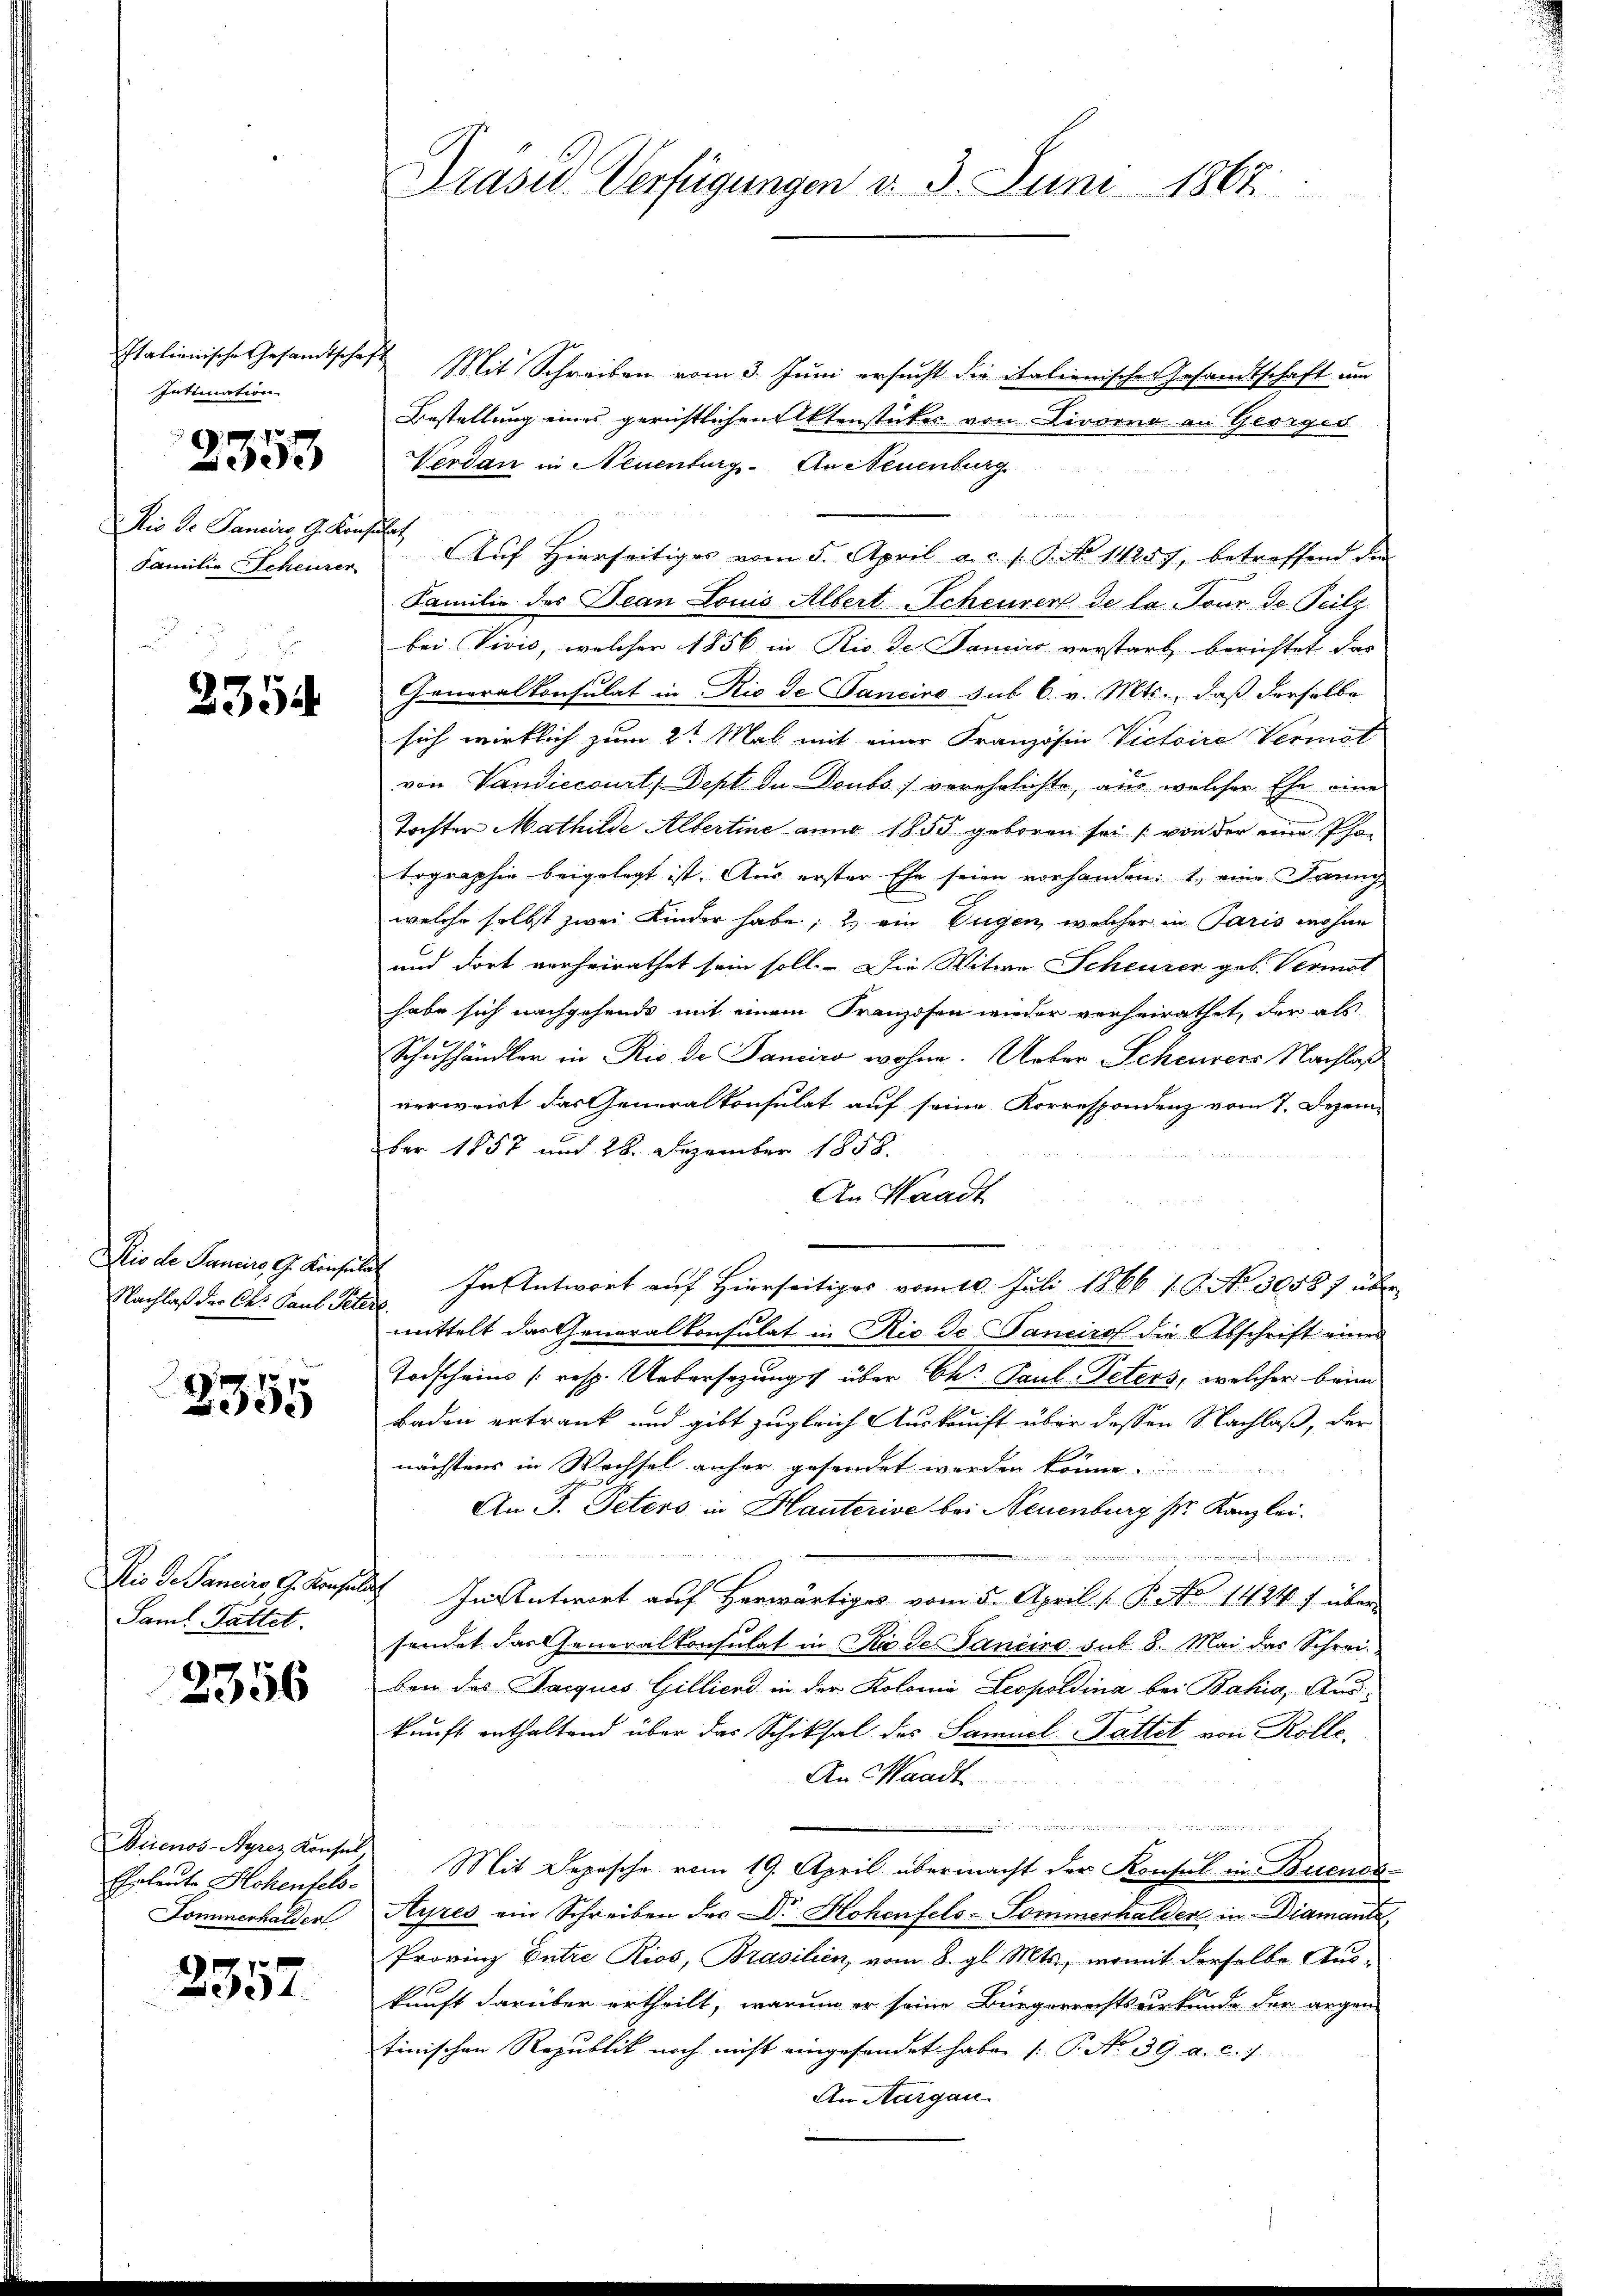
Intimation

2353

Dis Dr Pancirs, G. Konsulat
Familie Scheurer

2354

Nachlaß der Ch. Paul Peters

2355

Dis Dr Panciro G. Kraf
Saml. Pattet.

2356

Eheleute Hohenfels-
Dommerhalder

2357.

Italienische Gesamtschaft Mit Schreiben vom 3. Juni ersucht die italienische Gesandtschaft um
Bestellung eines gerichtlichen Aktenstücker von Livorno an Georgis
Verdan in Neuenburg. An Neuenburg
u
Auf Hierseitiges vom 5. April a. c. s. S. No 14257, betreffend de
Familie des Dean Louis Albert Scheuren de la Tour de Teilz
bei Vivić, welcher 1856 in Rio. de Jancier verstarb berichtet das
Generalkonsulat in Rio de Ganciro sub 6. v. Mts., daß derselbe
sich wirklich zum 2t Mal mit einer Französin Victoire Vermöt
von Vandiecourt, Sept de Doubs ) verehelichte, aus welcher Ehe eine
Tochter Mathilde Albertine anno 1855 geboren sei (von der eine Pfatographie beigelegt ist. Aus erster Ehe seien vorhanden: 1. eine Janny
welche selbst zwei Kinder habe; 2) ein Eugen, welcher in Paris wohne
und dort verheirathet sein soll. Die Witwe Scheurer geb. Vermat
habe sich nachgehends mit einem Franzosen wieder verheirathet, der als
Schulhändler in Rio de Janeiro wohne. Ueber Scheurers Nachlaß
verweist das Generalkonsulat auf seine Korrespondenz vom 7. Dezem-
ber 1857 und 28. Dezember 1858.
An Staadt
Rio de Janeiro G. Konsulat In Antwort auf Hierseitiges vom 10. Juli 1866 18. No. 30587 über
mittelt das Generalkonsulat in Rio de Tancirof die Abschrift eines
Todscheins (resp. Uebersezungs über Ch. Paul Peters, welcher beim
Baden ertrank und gibt zugleich Auskonft über dessen Nachlaß, der
nächstens in Wechsel anher gesendet werden könne.
An J. Peters in Hauterive bei Neuenburg Sr. Kanzlei.

 In Antwort auf Herwärtiges vom 5. April [B. No 1424 f über
sendet das Generalkonsulat in Riede Sancino sub 8. Mai das Schrei-
ben das Jacques Gilliend in der Kolonis Leopoldina bei Bahia, Auskunft enthaltend über das Schiksal des Samuel Fattet von Rolle¬
An Waadt
Buenos-Ayrez Konses Mit Depesche vom 19. April übermacht der Konsul in Buenos¬
Ayres ein Schreiben der Dr. Hohenfels-Sommerhalder in Diamante
Provinz Entre Kios, Brasilien, vom 8. gl. Mts., womit derselbe Auskunft darüber ertheilt, warum er seine Bürgerrechtsurkunde der angen
tinischen Republik noch nicht eingesendet habe. (T. No. 39. a. c. 1
An Aargau.

Präsid Verfügungen d. 3. Juni 1867.